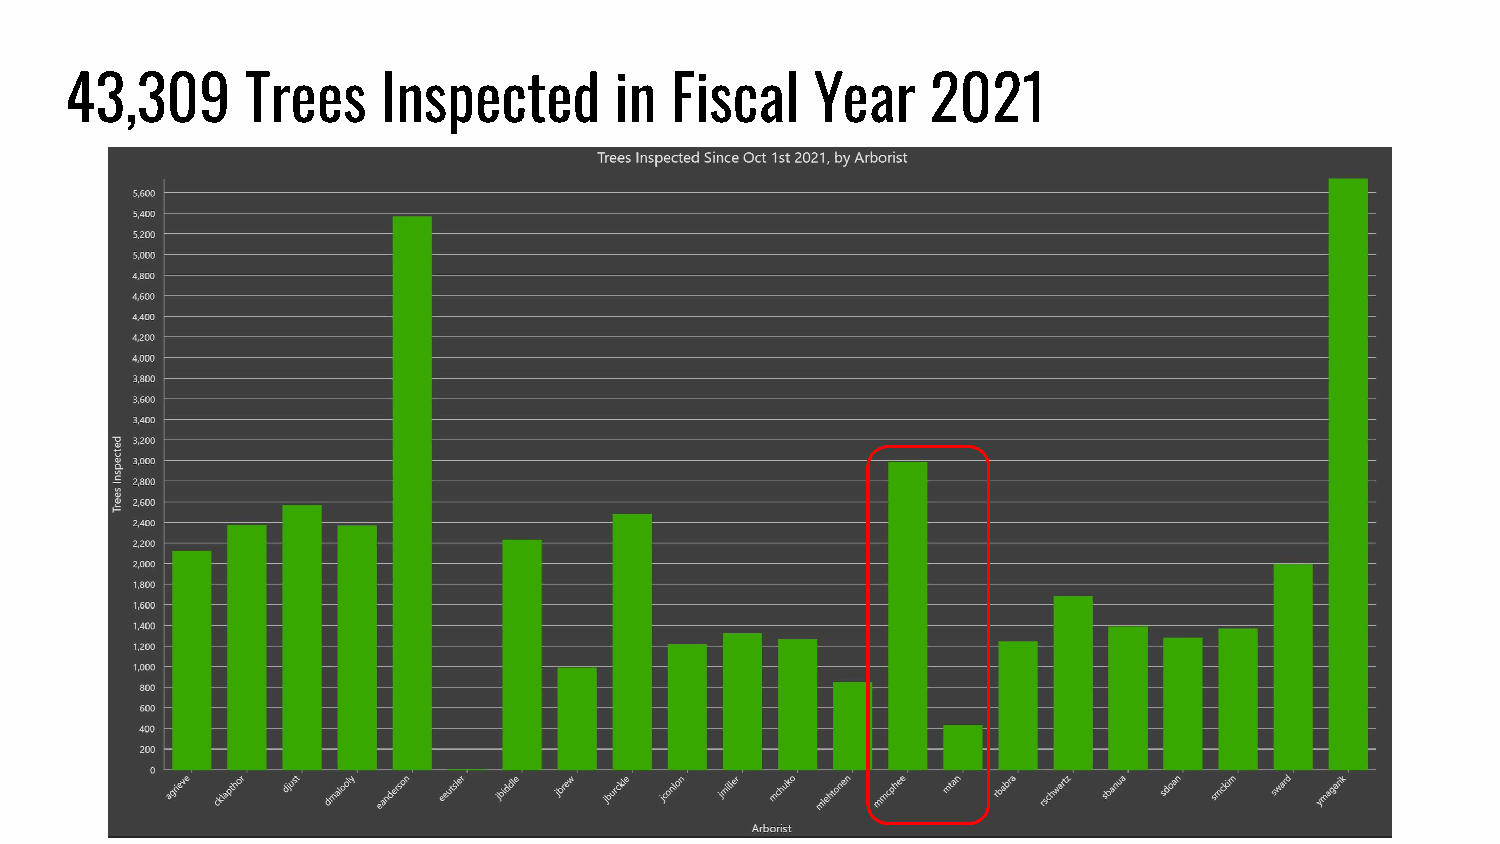
43,309      Trees    Inspected       in Fiscal    Year    2021